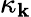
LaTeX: \kappa_{\mathbf{k}}